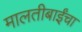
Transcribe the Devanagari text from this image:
मालतीबाईंचा